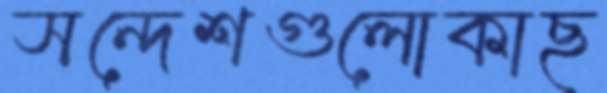
সন্দেশগুলোকাছ